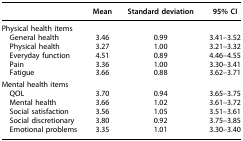
|  | Mean | Standard deviation | 95% CI |
 | --- | --- | --- | --- |
 | <COLSPAN=4> Physical health items |
 | General health | 3.46 | 0.99 | 3.41–3.52 |
 | Physical health | 3.27 | 1.00 | 3.21–3.32 |
 | Everyday function | 4.51 | 0.89 | 4.46–4.55 |
 | Pain | 3.36 | 1.00 | 3.30–3.41 |
 | Fatigue | 3.66 | 0.88 | 3.62–3.71 |
 | <COLSPAN=4> Mental health items |
 | QOL | 3.70 | 0.94 | 3.65–3.75 |
 | Mental health | 3.66 | 1.02 | 3.61–3.72 |
 | Social satisfaction | 3.56 | 1.05 | 3.51–3.61 |
 | Social discretionary | 3.80 | 0.92 | 3.75–3.85 |
 | Emotional problems | 3.35 | 1.01 | 3.30–3.40 |